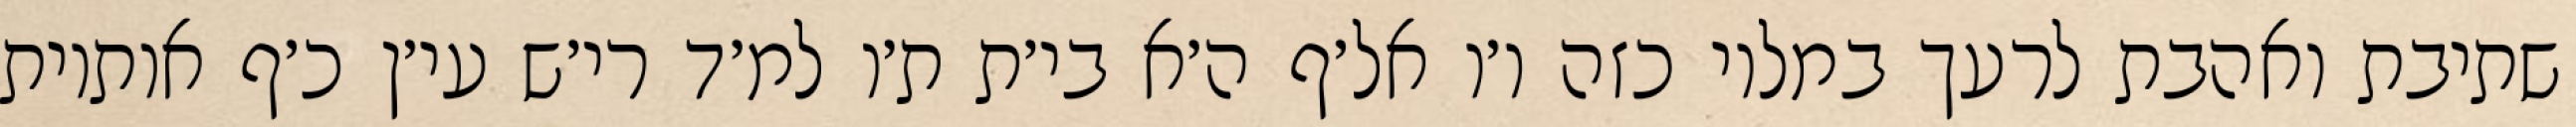
שתיבת ואהבת לרעך במלוי כזה ו׳ו אל׳ף ה׳א בי׳ת ת׳ו למ׳ד רי׳ש עי׳ן כ׳ף אותיות